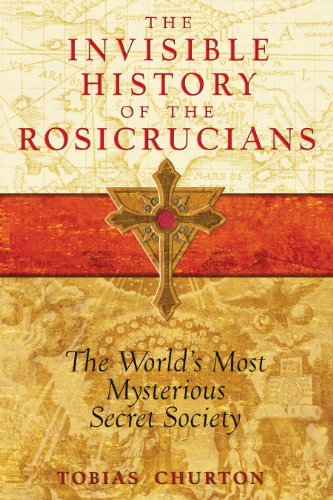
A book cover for The Invisible History of the Rosicrucians: The World's Most Mysterious Secret Society; Tobias Churton; Religion & Spirituality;